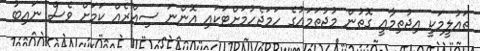
ތައުލީމަކީ އިޖުތިމާއީ ގޮތުން މުޖުތަމައުގެ ހަމަޖެހުމަށްޓަކައި އޮންނަ ސިއްރެއް ކަމަށް ވެސް ނައިބު